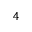
4